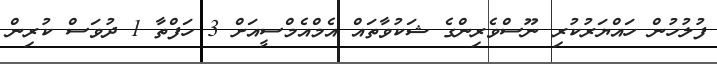
ފުލުހުން ހައްޔަރުކުރި ނޫސްވެރިންގެ ޝަކުވާތައް އެމްއެމްސީއަށް 3 ހަފްތާ 1 ދުވަސް ކުރިން